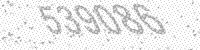
Solution: 539086